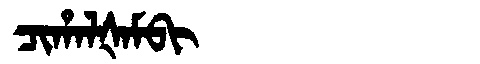
Manchu: ᠴᡳᡥᠠᠯᡧᠠᠮᠪᡳ
Romanization: CIHALŠAMBI